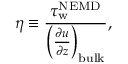
\eta \equiv \frac { \tau _ { \mathrm { w } } ^ { \mathrm { N E M D } } } { \left( \frac { \partial u } { \partial z } \right) _ { \mathrm { b u l k } } } ,